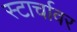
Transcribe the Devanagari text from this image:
स्टार्चावर